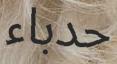
حدباء